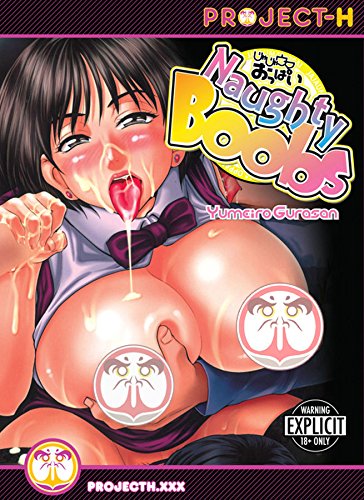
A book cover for Naughty Boobs (Hentai Manga); Yumeiro Gurasan; Comics & Graphic Novels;